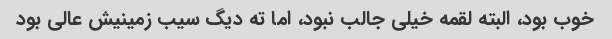
خوب بود، البته لقمه خیلی جالب نبود، اما ته دیگ سیب زمینیش عالی بود